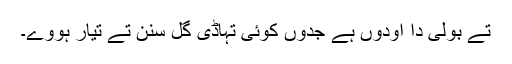
تے بولی دا اودوں ہے جدوں کوئی تہاڈی گل سنن تے تیار ہووے۔